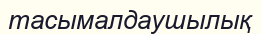
тасымалдаушылық